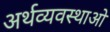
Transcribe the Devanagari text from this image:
अर्थव्यवस्थाओ